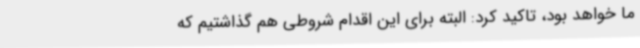
ما خواهد بود، تاکید کرد: البته برای این اقدام شروطی هم گذاشتیم که